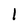
Character: 1